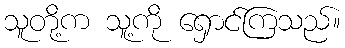
သူတို့က သူ့ကို ရှောင်ကြသည်။